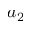
a _ { 2 }